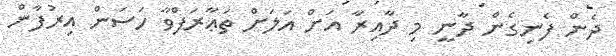
ދެން ފެނިގެން ދާނީ މި ދާއިރާ އަށް އަލަށް ތަޢާރަފްވާ ހަސަން އިރުފާން